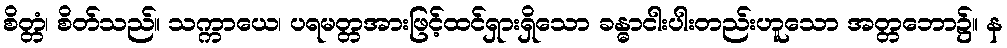
စိတ္တံ၊ စိတ်သည်။ သက္ကာယေ၊ ပရမတ္တအားဖြင့်ထင်ရှားရှိသော ခန္ဓာငါးပါးတည်းဟူသော အတ္တဘော၌။ န